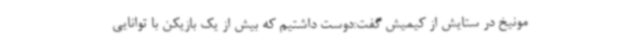
مونیخ در ستایش از کیمیش گفت:دوست داشتیم که بیش از یک بازیکن با توانایی